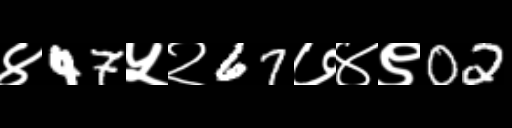
Text: ४47५२67७४९02